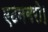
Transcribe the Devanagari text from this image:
एटनबरो।